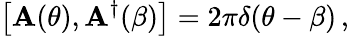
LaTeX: \left[\mathbf{A}(\theta),\mathbf{A}^{\dagger}(\beta)\right]=2\pi\delta(\theta-\beta)\, ,